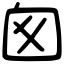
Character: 囪